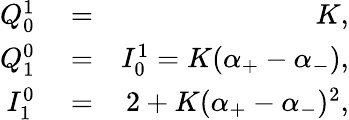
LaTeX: \begin{array}{rlr}{Q_{0}^{1}}&{{}=}&{K,}\\ {Q_{1}^{0}}&{{}=}&{I_{0}^{1}=K(\alpha_{+}-\alpha_{-}),}\\ {I_{1}^{0}}&{{}=}&{2+K(\alpha_{+}-\alpha_{-})^{2},}\end{array}